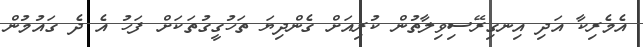
އެމެރިކާ އަދި އިނގިރޭސިވިލާތުން ކުރިއަށް ގެންދިޔަ ތަހުގީގުތަކަށް ފަހު އެ ދެ ގައުމުން